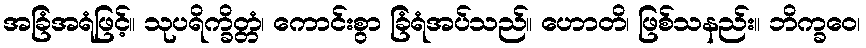
အခြံအရံဖြင့်။ သုပရိက္ခိတ္တံ၊ ကောင်းစွာ ခြံရံအပ်သည်။ ဟောတိ၊ ဖြစ်သနည်း။ ဘိက္ခဝေ၊